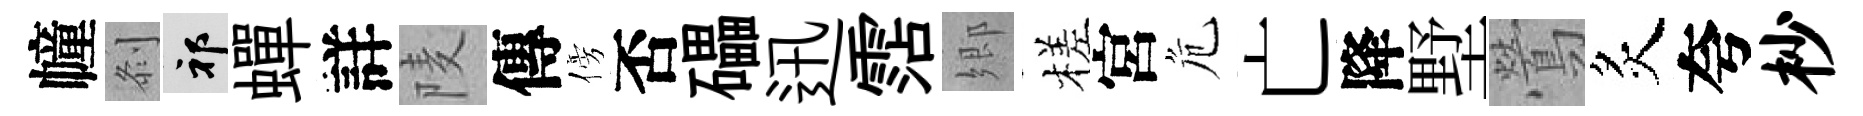
幢𠛴祁蟬詳𨹧傳傍否礧迅霑郷槎宮危亡降墅鶯炙夸杪